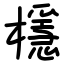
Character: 檼